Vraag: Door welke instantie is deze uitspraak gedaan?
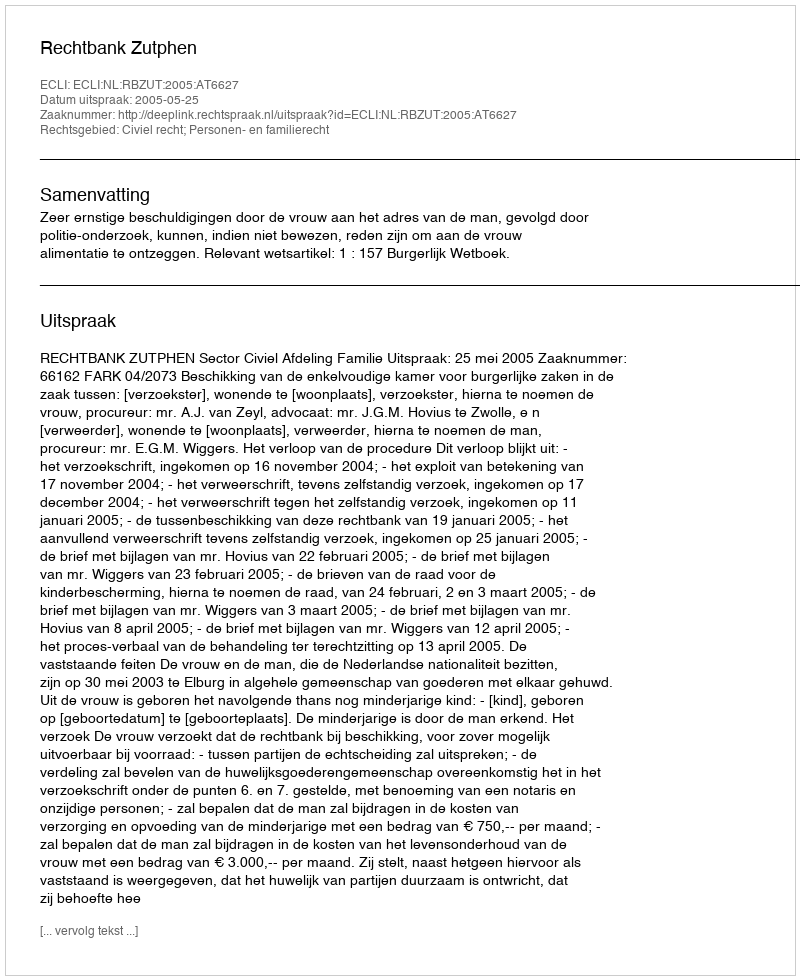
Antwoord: Rechtbank Zutphen